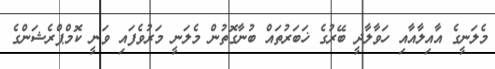
މެލަނީގެ އާއިލާއާއި ހަވާލާދީ ބޭރުގެ ޚަބަރުތައް ބުނާގޮތުން މެލަނީ މަރުވެފައި ވަނީ ކޮމްޕްރެޝަންގެ